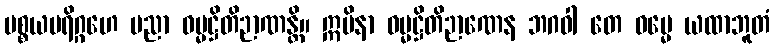
ပစ္စယပရိဂ္ဂဟေ ပညာ ဓမ္မဋ္ဌိတိဉာဏန္တိ။ ဣမိနာ ဓမ္မဋ္ဌိတိဉာဏေန ဘဂဝါ တေ ဓမ္မေ ယထာဘူတံ